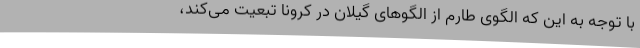
با توجه به این که الگوی طارم از الگوهای گیلان در کرونا تبعیت می‌کند،